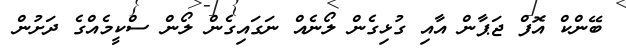
ބޭންކް އޮފް ޖަޕާން އާއި ގުޅިގެން ލޯނެއް ނަގައިގެން ލޯން ސްކީމެއްގެ ދަށުން